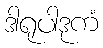
ဒါရုပါဒုကံ